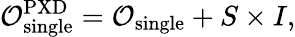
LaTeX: \mathcal{O}_{\mathrm{single}}^{\mathrm{PXD}}=\mathcal{O}_{\mathrm{single}}+S\times I,